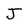
Character: J